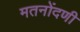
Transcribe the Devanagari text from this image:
मतनोंदणी